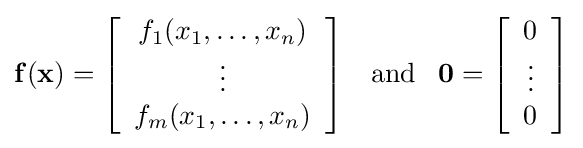
\mathbf {f} (\mathbf {x} )=\left[{\begin{array}{c}f_{1}(x_{1},\ldots ,x_{n})\\\vdots \\f_{m}(x_{1},\ldots ,x_{n})\end{array}}\right]\;\;\;{\mbox{and}}\;\;\;\mathbf {0} =\left[{\begin{array}{c}0\\\vdots \\0\end{array}}\right]